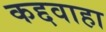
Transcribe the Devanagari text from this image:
कद्दवाहा